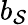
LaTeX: b_{\mathcal{S}}